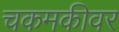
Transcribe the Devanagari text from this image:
चकमकीवर